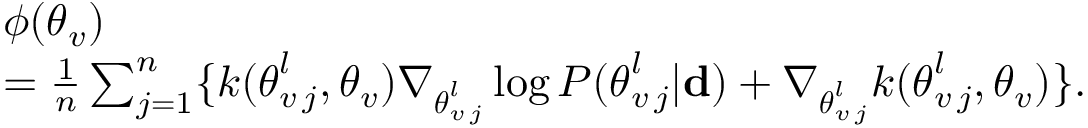
\begin{array} { r l } & { \boldsymbol { \phi } ( \boldsymbol { \theta } _ { v } ) } \\ & { = \frac { 1 } { n } \sum _ { j = 1 } ^ { n } \lbrace k ( \boldsymbol { \theta } _ { v \, j } ^ { l } , \boldsymbol { \theta } _ { v } ) \nabla _ { \boldsymbol { \theta } _ { v \, j } ^ { l } } \log P ( \boldsymbol { \theta } _ { v \, j } ^ { l } | { \bf d } ) + \nabla _ { \boldsymbol { \theta } _ { v \, j } ^ { l } } k ( \boldsymbol { \theta } _ { v \, j } ^ { l } , \boldsymbol { \theta } _ { v } ) \rbrace . } \end{array}